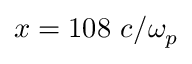
x = 1 0 8 ~ c / \omega _ { p }